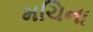
મચિના